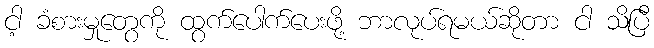
ငါ့ ခံစားမှုတွေကို ထွက်ပေါက်ပေးဖို့ ဘာလုပ်ရမယ်ဆိုတာ ငါ သိပြီ